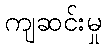
ကျဆင်းမှု